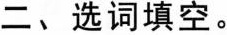
二、选词填空。